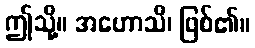
ဤသို့။ အဟောသိ၊ ဖြစ်၏။